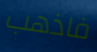
فاذهب